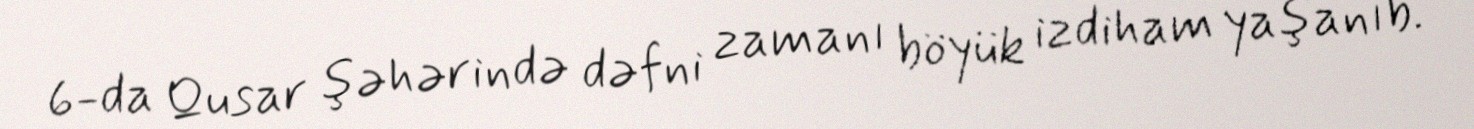
6-da Qusar şəhərində dəfni zamanı böyük izdiham yaşanıb.